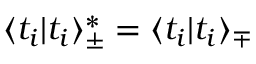
\langle t _ { i } | t _ { i } \rangle _ { \pm } ^ { * } = \langle t _ { i } | t _ { i } \rangle _ { \mp }